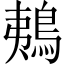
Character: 鴺